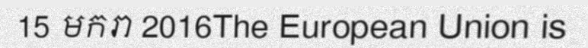
15 មករា 2016The European Union is